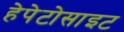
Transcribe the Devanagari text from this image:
हेपेटोसाइट